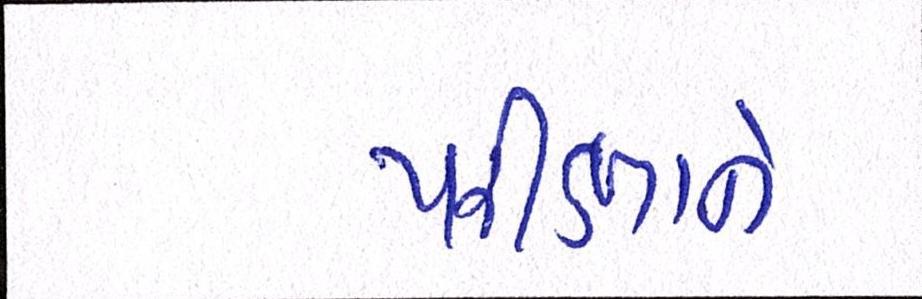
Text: પરીક્ષાને